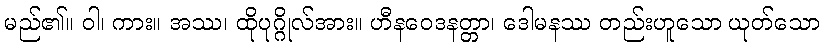
မည်၏။ ဝါ၊ ကား။ အဿ၊ ထိုပုဂ္ဂိုလ်အား။ ဟီနဝေဒနတ္တာ၊ ဒေါမနဿ တည်းဟူသော ယုတ်သော